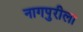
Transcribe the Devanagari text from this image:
नागपुरीला